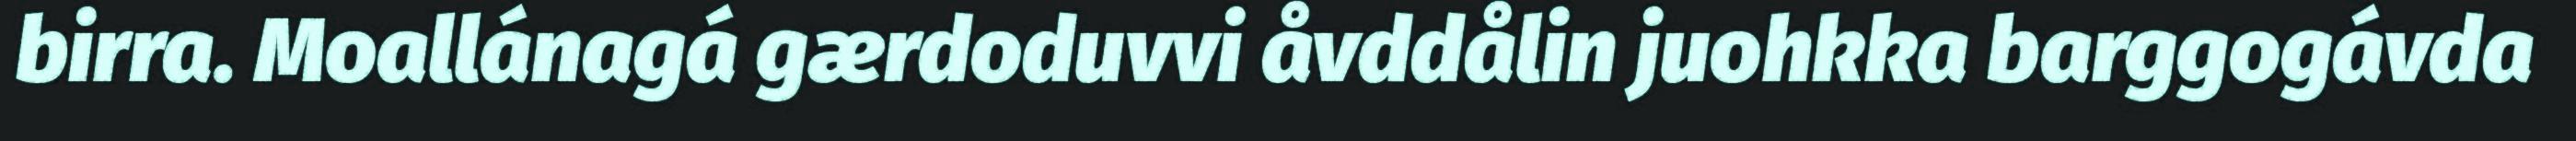
birra. Moallánagá gærdoduvvi åvddålin juohkka barggogávda